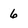
Character: 6